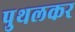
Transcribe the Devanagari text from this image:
पुथलकर